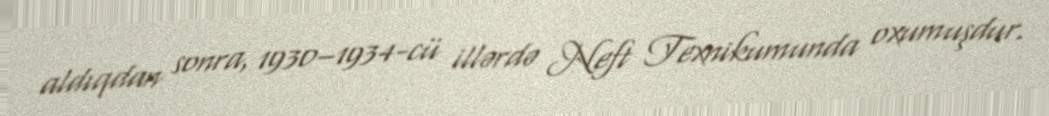
aldıqdan sonra, 1930–1934-cü illərdə Neft Texnikumunda oxumuşdur.